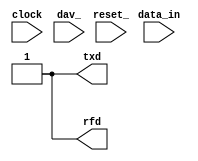
module TX(
    txd, 
    clock, reset_, 
    data_in, rfd, dav_
);
    output txd;
    input clock, reset_;
    
    parameter N = 8; // message lenght
    parameter K = 1; // T_bit / T_clock. K must be > 1

    input [N-1:0] data_in;
    output rfd;
    input dav_;

    reg RFD; assign rfd = RFD;
    reg TXD; assign txd = TXD;
    
    reg[3:0] COUNT;
    reg[N+1:0] BUFFER;
    reg[1:0] STAR;
    reg[3:0] WAIT;
    localparam S0 = 0, S1 = 1, Wait = 2, S3 = 3;
    localparam marking=1'B1, start_bit=1'B0, stop_bit=1'B1;

    always @(reset_ == 0) #1 begin 
        RFD <= 1; 
        TXD <= marking; 
        STAR <= S0; 
    end
    
    always @(posedge clock) if (reset_ == 1) #3
        casex(STAR)
            S0: begin 
                RFD <= 1; 
                COUNT <= (N + 2); // start_bit + data_in + stop_bit
                TXD <= marking;
                BUFFER <= {stop_bit, data_in, start_bit};
                STAR <= (dav_ == 0) ? S1 : S0; // dav_ == 0 => data received
            end

            S1: begin 
                RFD <= 0; 
                TXD <= BUFFER[0]; // Get first byte to transmit
                BUFFER <= {marking, BUFFER[9:1]}; // Shift the data to the right

                COUNT <= COUNT - 1; 
                WAIT <= K - 1;
                STAR <= Wait; 
            end

            Wait: begin
                WAIT <= WAIT - 1;
                STAR <= (WAIT != 1) ? Wait : 
                        (COUNT == 0) ? S3 : S1;
            end

            S3: begin 
                STAR <= (dav_ == 1) ? S0 : S3; 
            end
        endcase
endmodule